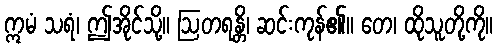
ဣမံ သရံ၊ ဤအိုင်သို့။ ဩတရန္တိ၊ ဆင်းကုန်၏။ တေ၊ ထိုသူတို့ကို။